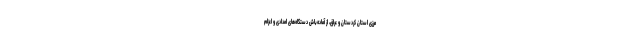
مرزی استان کردستان و عراق، از آماده‌باش دستگاه‌های امدادی و اعزام